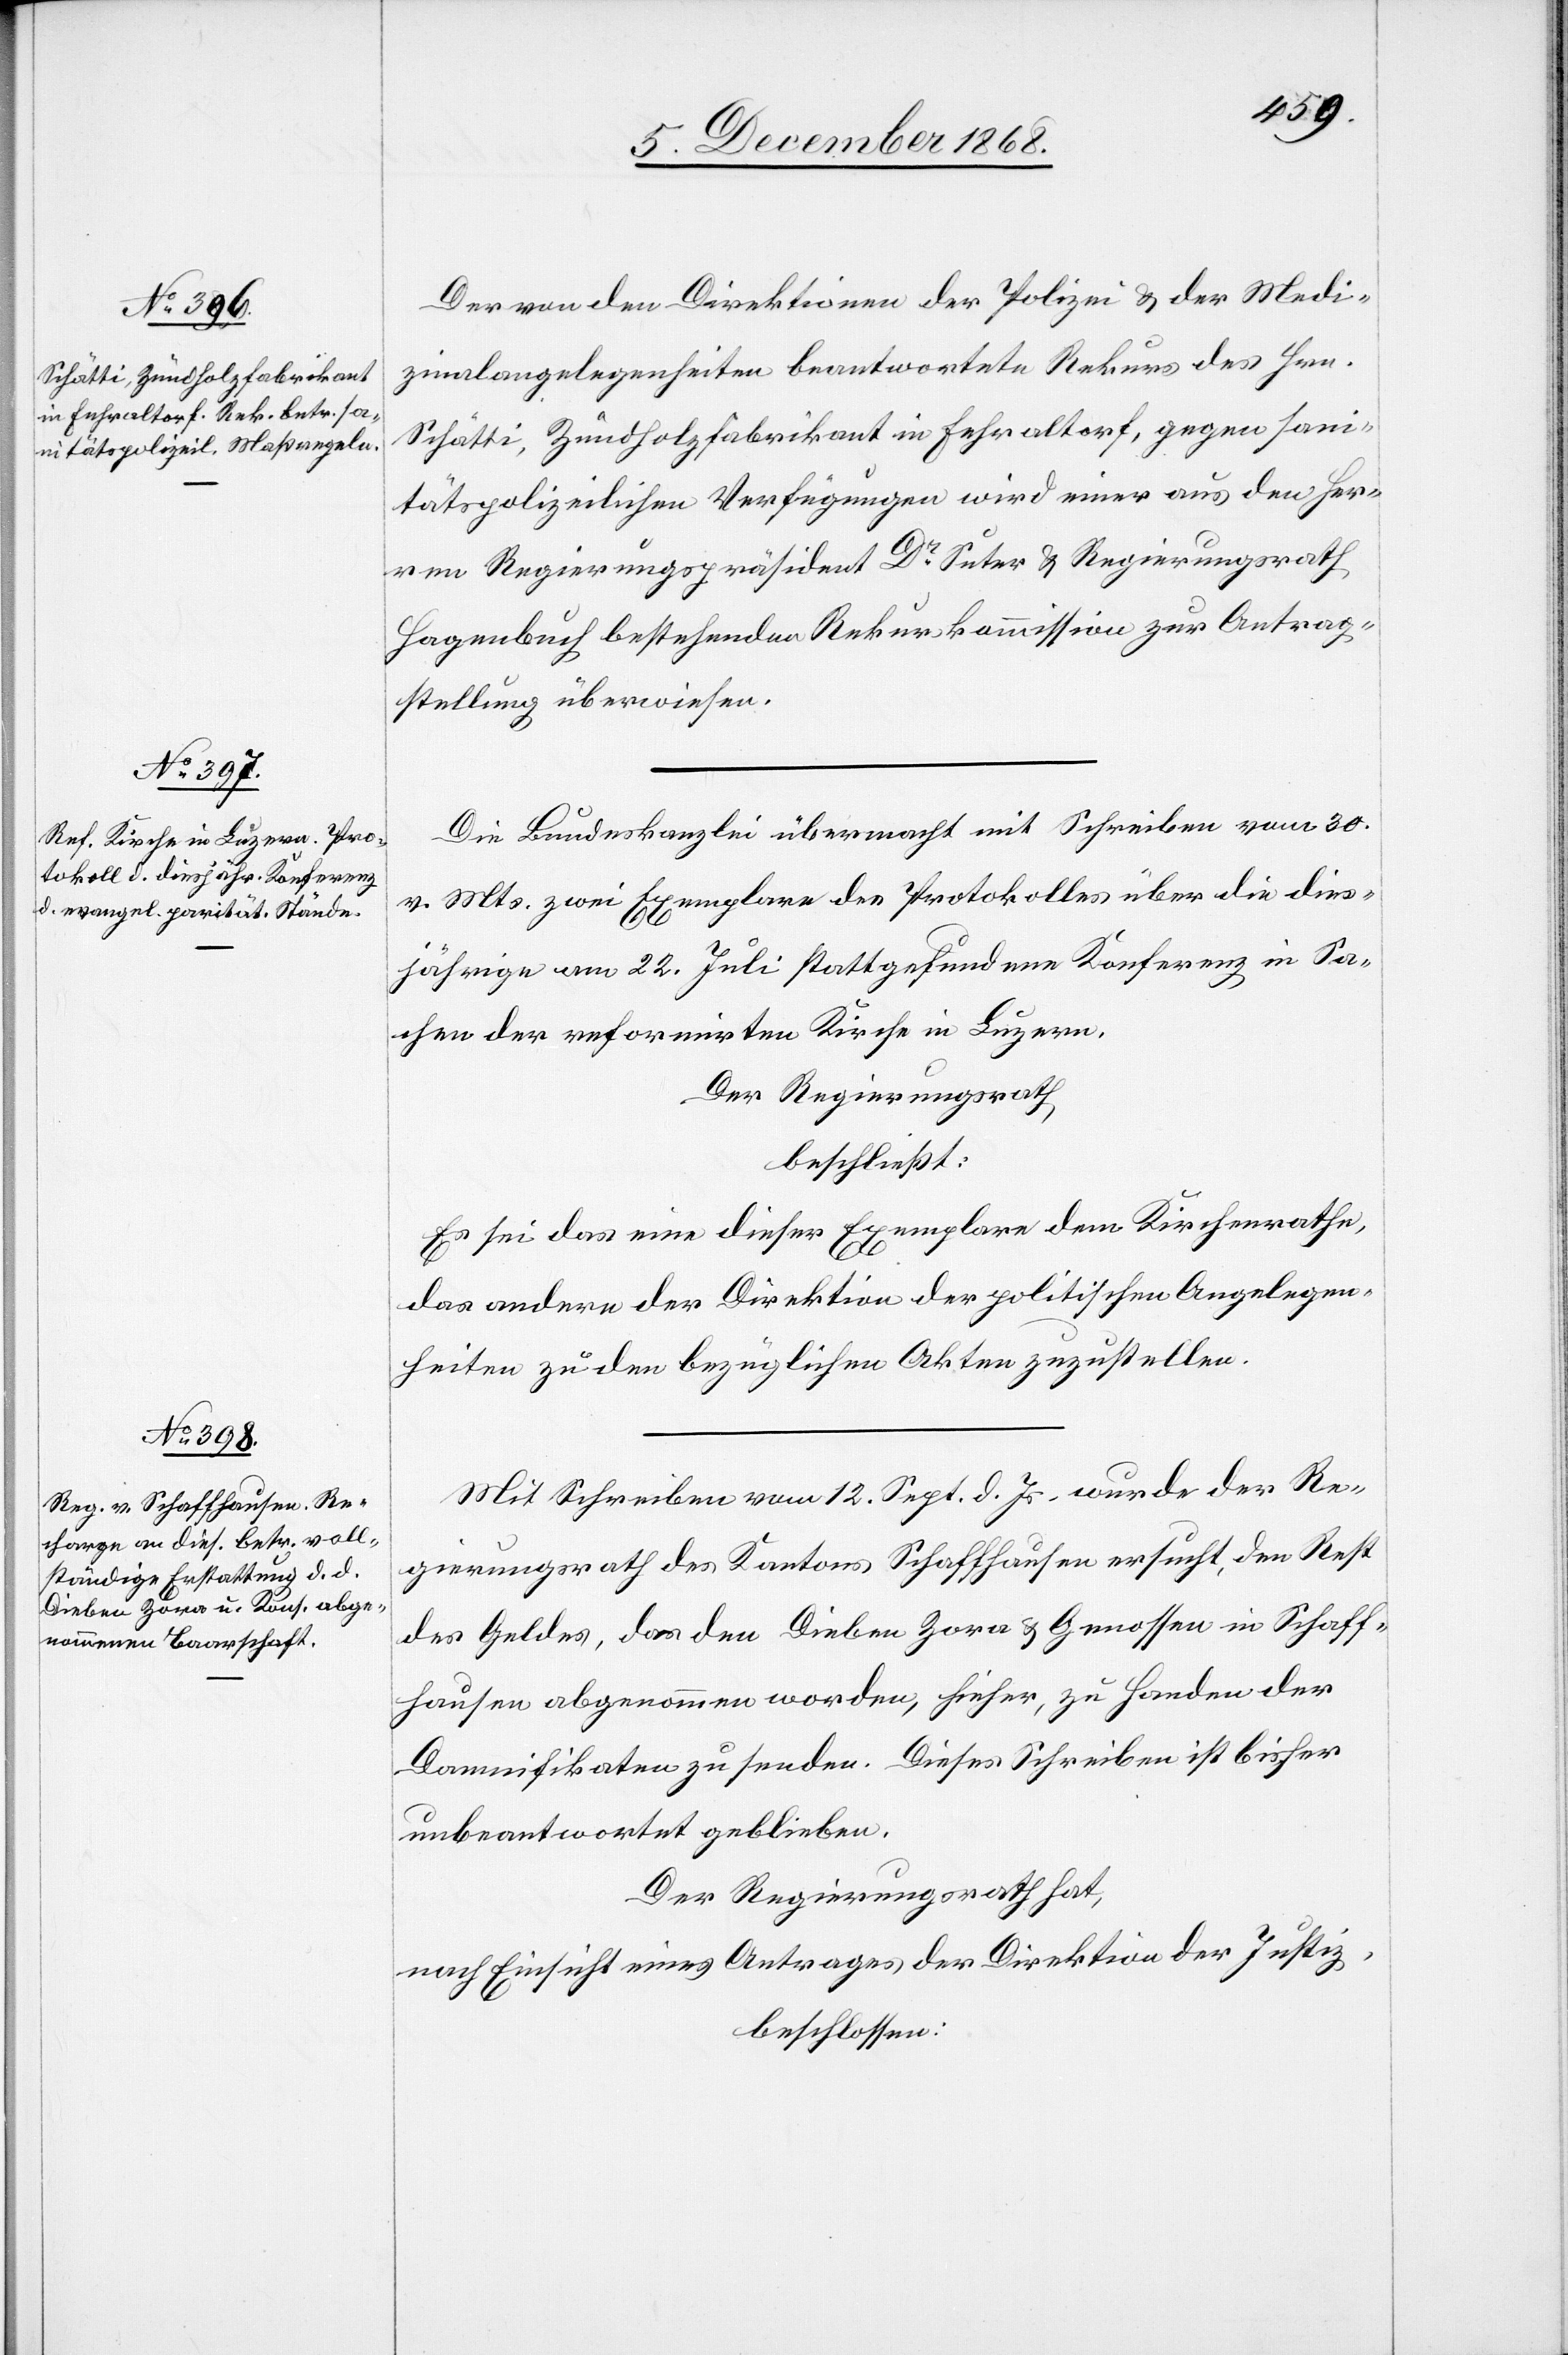
Der von den Direktionen der Polizei & der Medi¬
zinalangelegenheiten beantwortete Rekurs des Hrn.
Schätti, Zündholzfabrikant in Fehraltorf, gegen sani¬
tätspolizeilichen [sic!] Verfügungen wird einer aus den Her¬
ren Regierungspräsident Dr Suter & Regierungsrath
Hagenbuch bestehenden Rekurskommission zur Antrag¬
stellung überwiesen.
Die Bundeskanzlei übermacht mit Schreiben vom 30.
v. Mts. zwei Exemplare des Protokolles über die dies¬
jährige am 22. Juli stattgefundene Konferenz in Sa¬
chen der reformirten Kirche in Luzern.
Der Regierungsrath
beschließt:
Es sei das eine dieser Exemplare dem Kirchenrathe,
das andere der Direktion der politischen Angelegen¬
heiten zu den bezüglichen Akten zuzustellen.
Mit Schreiben vom 12. Sept. d. Js. wurde der Re¬
gierungsrath des Kantons Schaffhausen ersucht, den Rest
des Geldes, das den Dieben Zora & Genossen in Schaff¬
hausen abgenommen worden, hieher, zu Handen der
Damnifikaten zu senden. Dieses Schreiben ist bisher
unbeantwortet geblieben.
Der Regierungsrath hat,
nach Einsicht eines Antrages der Direktion der Justiz,
beschlossen: